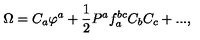
\Omega = C _ { a } \varphi ^ { a } + \frac { 1 } { 2 } P ^ { a } f _ { a } ^ { b c } C _ { b } C _ { c } + . . . ,